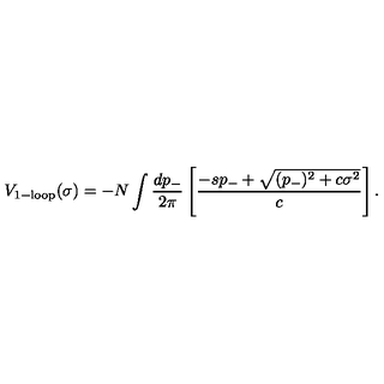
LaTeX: V _ { 1 - \mathrm { l o o p } } ( \sigma ) = - N \int { \frac { d p _ { - } } { 2 \pi } } \left[ { \frac { - s p _ { - } + \sqrt { ( p _ { - } ) ^ { 2 } + c \sigma ^ { 2 } } } { c } } \right] .